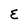
Character: E